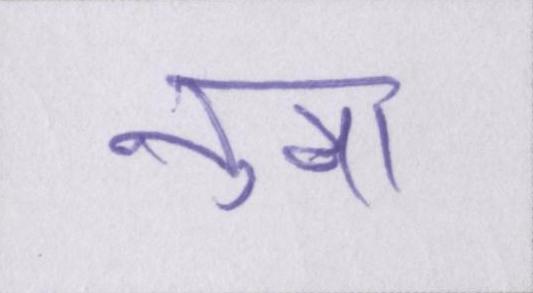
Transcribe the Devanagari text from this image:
नुमा